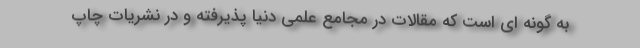
به گونه ای است که مقالات در مجامع علمی دنیا پذیرفته و در نشریات چاپ